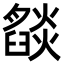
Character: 𬋓